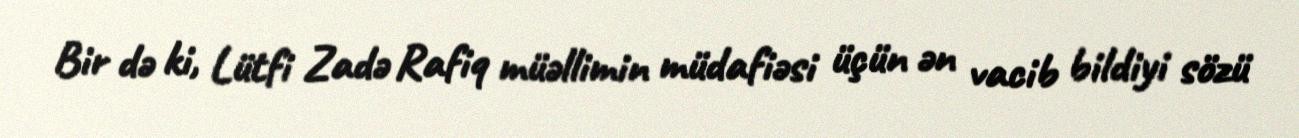
Bir də ki, Lütfi Zadə Rafiq müəllimin müdafiəsi üçün ən vacib bildiyi sözü